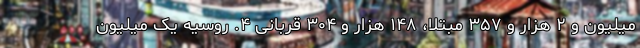
میلیون و ۲ هزار و ۳۵۷ مبتلا، ۱۴۸ هزار و ۳۰۴ قربانی ۴. روسیه یک میلیون